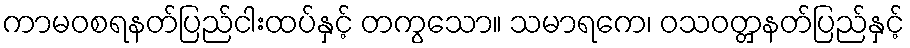
ကာမဝစရနတ်ပြည်ငါးထပ်နှင့် တကွသော။ သမာရကေ၊ ဝသဝတ္တှနတ်ပြည်နှင့်